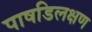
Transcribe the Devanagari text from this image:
पाषडिलक्षण